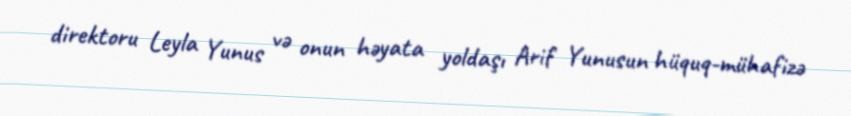
direktoru Leyla Yunus və onun həyata yoldaşı Arif Yunusun hüquq-mühafizə